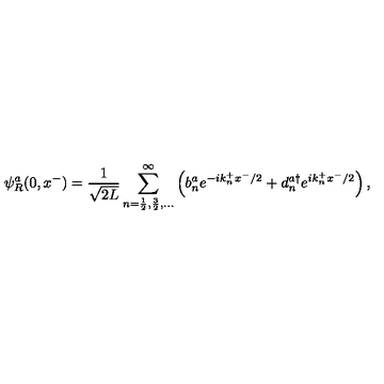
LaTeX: \psi _ { R } ^ { a } ( 0 , x ^ { - } ) = \frac { 1 } { \sqrt { 2 L } } \sum _ { n = \frac { 1 } { 2 } , \frac { 3 } { 2 } , \dots } ^ { \infty } \left( b _ { n } ^ { a } e ^ { - i k _ { n } ^ { + } x ^ { - } / 2 } + d _ { n } ^ { a \dag } e ^ { i k _ { n } ^ { + } x ^ { - } / 2 } \right) ,